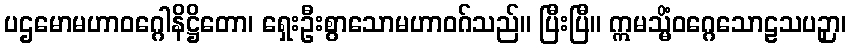
ပဌမောမဟာဝဂ္ဂေါနိဋ္ဌိတော၊ ရှေးဦးစွာသောမဟာဝဂ်သည်။ ပြီးပြီ။ ဣမသ္မိံဝဂ္ဂေသောဠသပဉှာ၊